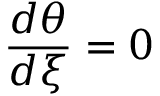
\frac { d \theta } { d \xi } = 0